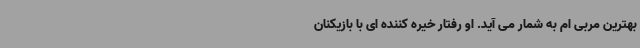
بهترین مربی ام به شمار می آید. او رفتار خیره کننده ای با بازیکنان